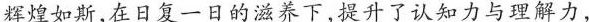
辉煌如斯，在日复一日的滋养下，提升了认知力与理解力，